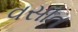
વસાત